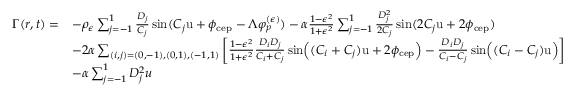
\begin{array} { r l } { \Gamma ( r , t ) = } & { - \rho _ { \epsilon } \sum _ { j = - 1 } ^ { 1 } \frac { D _ { j } } { C _ { j } } \sin ( C _ { j } \mathrm { u } + \phi _ { \mathrm { c e p } } - \Lambda \varphi _ { p } ^ { ( \epsilon ) } ) - \alpha \frac { 1 - \epsilon ^ { 2 } } { 1 + \epsilon ^ { 2 } } \sum _ { j = - 1 } ^ { 1 } \frac { D _ { j } ^ { 2 } } { 2 C _ { j } } \sin ( 2 C _ { j } \mathrm { u } + 2 \phi _ { \mathrm { c e p } } ) } \\ & { - 2 \alpha \sum _ { ( i , j ) = ( 0 , - 1 ) , ( 0 , 1 ) , ( - 1 , 1 ) } \left[ \frac { 1 - \epsilon ^ { 2 } } { 1 + \epsilon ^ { 2 } } \frac { D _ { i } D _ { j } } { C _ { i } + C _ { j } } \sin \Bigl ( ( C _ { i } + C _ { j } ) \mathrm { u } + 2 \phi _ { \mathrm { c e p } } \Bigr ) - \frac { D _ { i } D _ { j } } { C _ { i } - C _ { j } } \sin \Bigl ( ( C _ { i } - C _ { j } ) \mathrm { u } \Bigr ) \right] } \\ & { - \alpha \sum _ { j = - 1 } ^ { 1 } D _ { j } ^ { 2 } u } \end{array}